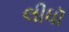
લીધૉ